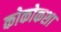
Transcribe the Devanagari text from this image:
कोकोकशा